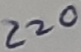
Text: 220